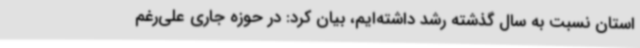
استان نسبت به سال گذشته رشد داشته‌ایم، بیان کرد: در حوزه جاری علی‌رغم